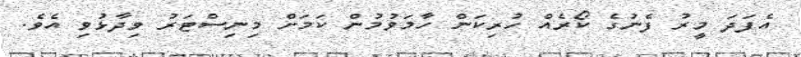
އެފަދަ މީރު ފެނުގެ ކޯރެއް ހުރިކަން ހާމަވުމުން ކަމަަށް މިނިސްޓަރު ވިދާޅުވި އެވެ.